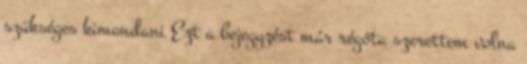
szükséges kimondani Ezt a bejegyzést már régóta szerettem volna